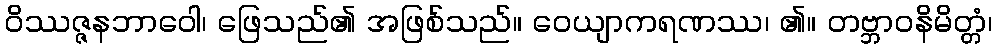
ဝိဿဇ္ဇနဘာဝေါ၊ ဖြေသည်၏ အဖြစ်သည်။ ဝေယျာကရဏဿ၊ ၏။ တဗ္ဘာဝနိမိတ္တံ၊